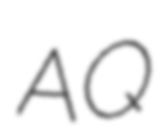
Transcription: AQ